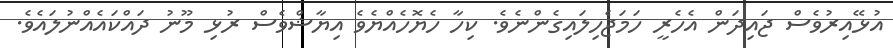
އުޅޭއިރުވެސް ޖައިދަން އެހެރީ ހަމަޖެހިލައިގެންނެވެ. ކިހާ ހެޔޮހެއްޔެވެ އިޔާޝްވެސް ރުޅި މޫނު ދައްކައެއްނުލައެވެ.